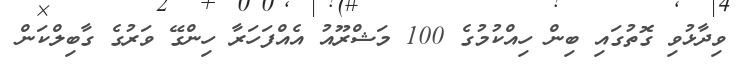
ވިދާޅުވި ގޮތުގައި ބިން ހިއްކުމުގެ 100 މަޝްރޫއު އެއްފަހަރާ ހިންގޭ ވަރުގެ ގާބިލްކަން